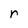
Character: r